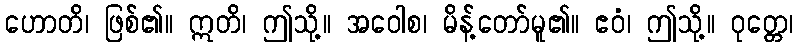
ဟောတိ၊ ဖြစ်၏။ ဣတိ၊ ဤသို့။ အဝေါစ၊ မိန့်တော်မူ၏။ ဧဝံ၊ ဤသို့။ ဝုတ္တေ၊